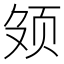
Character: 𬱕